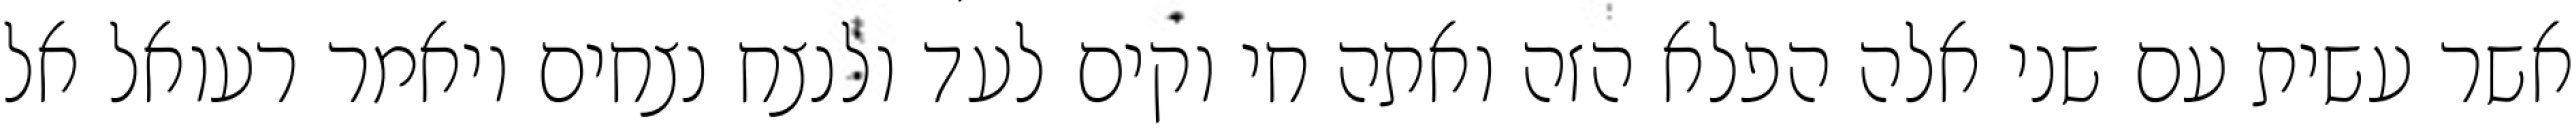
אשר עשית עם שני אלה הפלא הזה ואתה חי וקים לעד ולנצח נצחים ויאמר רעואל אל